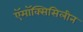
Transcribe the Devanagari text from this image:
ऍमॉक्सिसिलीन